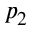
p _ { 2 }